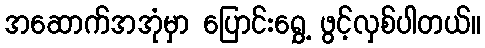
အဆောက်အအုံမှာ ပြောင်းရွှေ့ ဖွင့်လှစ်ပါတယ်။